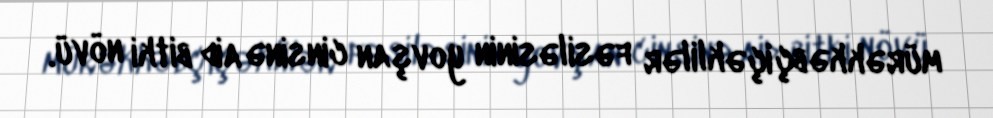
mürəkkəbçiçəklilər fəsiləsinin yovşan cinsinə aid bitki növü.